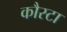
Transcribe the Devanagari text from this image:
कौस्टा